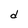
Character: d